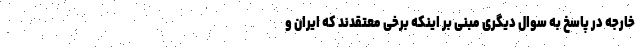
خارجه در پاسخ به سوال دیگری مبنی بر اینکه برخی معتقدند که ایران و